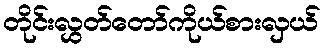
တိုင်းလွှတ်တော်ကိုယ်စားလှယ်